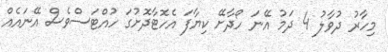
މިހާރު ދުވާލު 4 ދަމު އޭނަ ހޯދާށޭ ކިޔާފަ އެހޮޓާދޮށުގަ ހުއްޓަސްވެސް އޭނައެއް